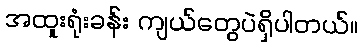
အထူးရုံးခန်း ကျယ်တွေပဲရှိပါတယ်။